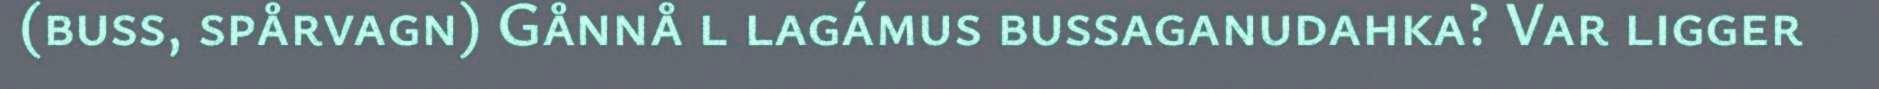
(buss, spårvagn) Gånnå l lagámus bussaganudahka? Var ligger